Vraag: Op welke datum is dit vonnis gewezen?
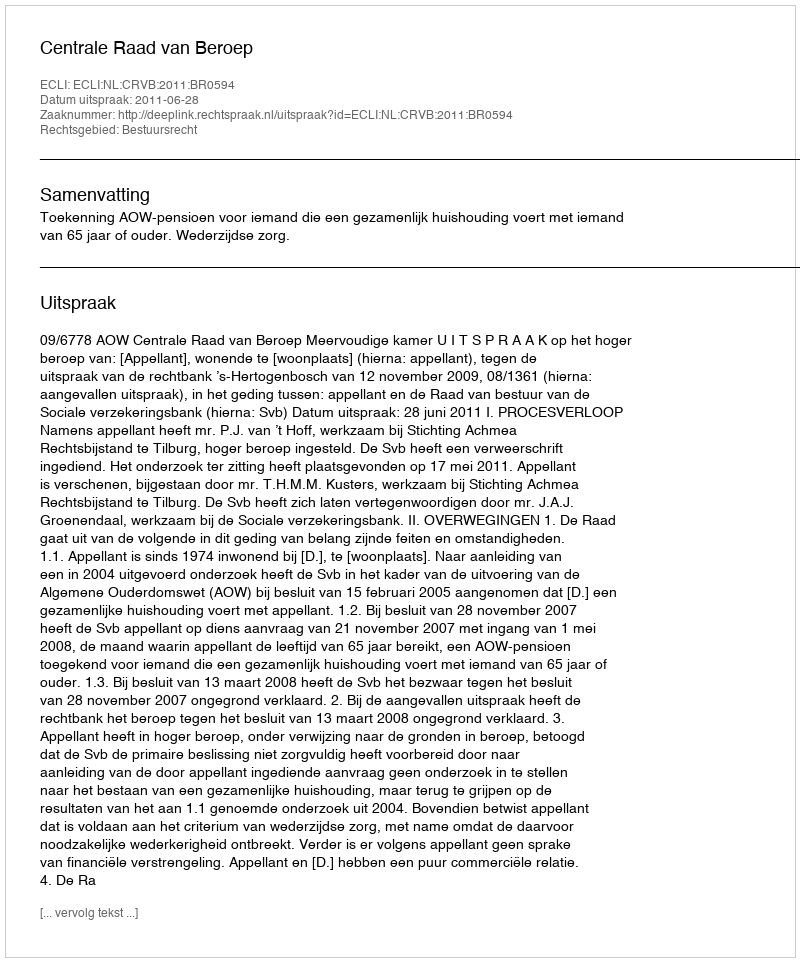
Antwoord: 2011-06-28